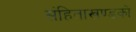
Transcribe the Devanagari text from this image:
संहिताखण्डको